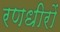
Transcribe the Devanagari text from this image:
रणधीरों